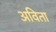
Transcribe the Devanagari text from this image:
अविता